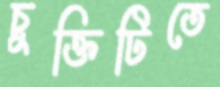
চুক্তিটিতে